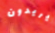
يريدون